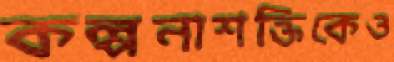
কল্পনাশক্তিকেও